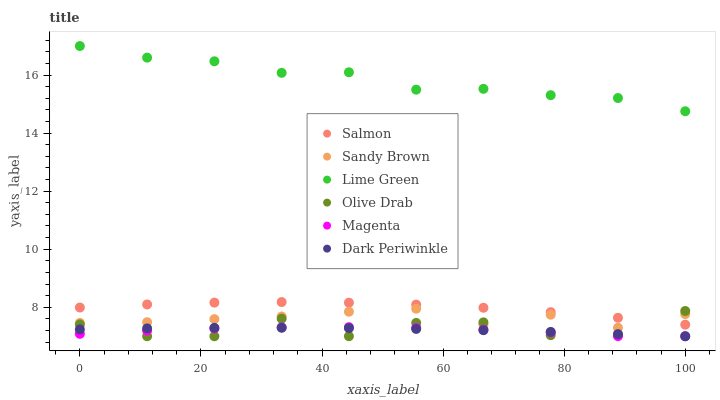
| xaxis_label | Salmon | Sandy Brown | Lime Green | Olive Drab | Magenta | Dark Periwinkle |
 | --- | --- | --- | --- | --- | --- | --- |
 | 0 | 7.99 | 7.46 | 17 | 7.41 | 7.08 | 7.24 |
 | 11.1 | 8.1 | 7.48 | 16.6 | 7 | 7.19 | 7.27 |
 | 22.2 | 8.16 | 7.59 | 16.5 | 7 | 7.27 | 7.29 |
 | 33.3 | 8.18 | 7.68 | 16.1 | 7.61 | 7.31 | 7.29 |
 | 44.4 | 8.16 | 7.85 | 16.1 | 7 | 7.31 | 7.28 |
 | 55.6 | 8.09 | 7.95 | 15.5 | 7.46 | 7.29 | 7.25 |
 | 66.7 | 7.98 | 7.4 | 15.5 | 7.48 | 7.23 | 7.21 |
 | 77.8 | 7.83 | 7.74 | 15.3 | 7.04 | 7.13 | 7.15 |
 | 88.9 | 7.64 | 7.29 | 15.2 | 7.05 | 7 | 7.07 |
 | 100 | 7.4 | 7.76 | 14.8 | 7.87 | 7 | 7 |